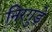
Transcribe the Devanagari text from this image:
निरगुड़े